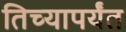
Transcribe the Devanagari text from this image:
तिच्यापर्यंत